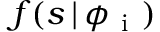
f ( s \, | \, \phi _ { \mathrm { ~ i ~ } } )